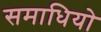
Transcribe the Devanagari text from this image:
समाधियो